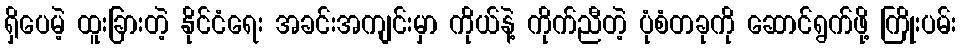
ရှိပေမဲ့ ထူးခြားတဲ့ နိုင်ငံရေး အခင်းအကျင်းမှာ ကိုယ်နဲ့ ကိုက်ညီတဲ့ ပုံစံတခုကို ဆောင်ရွက်ဖို့ ကြိုးပမ်း